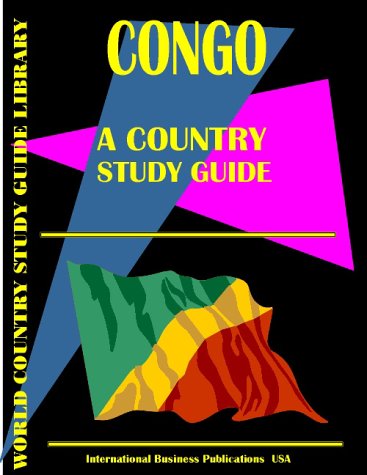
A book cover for Democratic Republic of Congo Country Study Guide (World Country Study Guide Library); Ibp Usa; Travel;